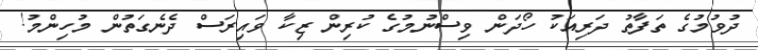
ދުވުމުގެ ތަފާތު ދަރިއަކު ހޯދަން ވިސްނުމުގެ ކުރިން ޒިކާ ވައިރަސް ދެނެގަތުން މުހިންމު!